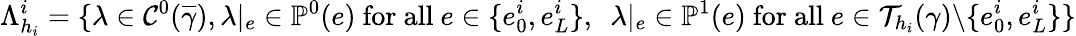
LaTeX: \Lambda_{h_{i}}^{i}=\{ \lambda\in\mathcal{C}^{0}(\overline{{\gamma}}),\lambda|_{e}\in\mathbb{P}^{0}(e)\mathrm{~for~all~}e\in\{ e_{0}^{i},e_{L}^{i}\} ,\ \ \lambda|_{e}\in\mathbb{P}^{1}(e)\mathrm{~for~all~}e\in\mathcal{T}_{h_{i}}(\gamma)\backslash\{ e_{0}^{i},e_{L}^{i}\} \}